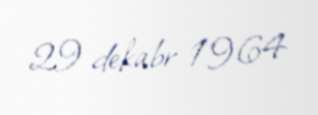
29 dekabr 1964